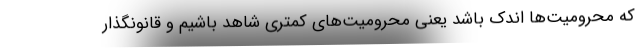
که محرومیت‌ها اندک باشد یعنی محرومیت‌های کمتری شاهد باشیم و قانونگذار